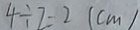
4 \div 7 = 2 ( c m )